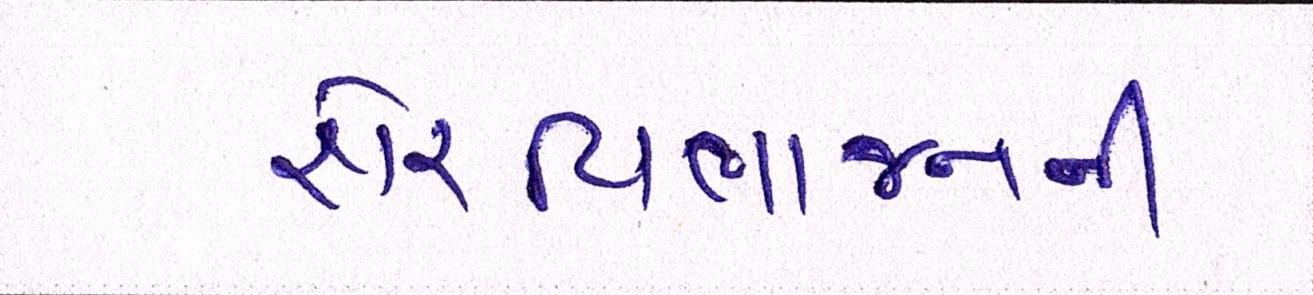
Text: શેરવિભાજનની